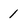
Character: 1